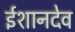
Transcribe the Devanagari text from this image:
ईशानदेव